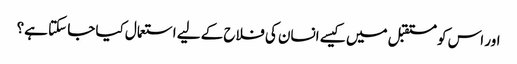
اور اس کو مستقبل میں کیسے انسان کی فلاح کے لیے استعمال کیا جا سکتا ہے؟